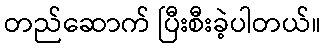
တည်ဆောက် ပြီးစီးခဲ့ပါတယ်။